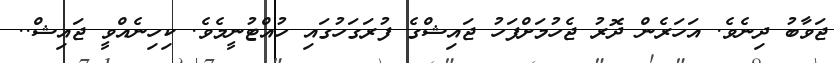
ޖަވާބު ދިނެވެ. އަހަރެން ދޮރު ޖެހުމަށްފަހު ޖައިޝްގެ ފުރަގަހުގައި ހުއްޓުނީމެވެ. ކިހިނެއްވީ ޖައިޝް..